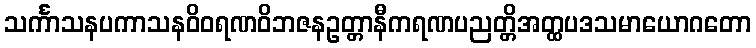
သင်္ကာသနပကာသနဝိဝရဏဝိဘဇနဥတ္တာနီကရဏပညတ္တိအတ္ထပဒသမာယောဂတော